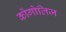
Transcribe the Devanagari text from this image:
कोंगोलिज